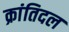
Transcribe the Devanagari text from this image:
क्रांतिदल